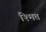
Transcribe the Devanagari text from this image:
श्मित